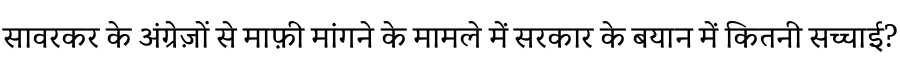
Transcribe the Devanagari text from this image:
सावरकर के अंग्रेज़ों से माफ़ी मांगने के मामले में सरकार के बयान में कितनी सच्चाई?